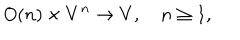
O ( n ) \times V ^ { n } \rightarrow V , \quad n \geq 1 ,